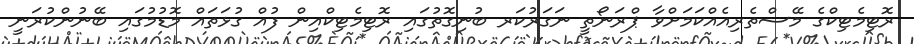
ރޮޓިމެޓިކްގެ މޭސްތެރިއެއްކަމަށްވާ ޕްރަނޯތީ ނަގަރުކަރ ބުނިގޮތުގައި ރޮޓިމެޓިކްއިން ފުއް ގުޅަތައް މޮޑުމުގައި ބޭނުންކުރަނީ